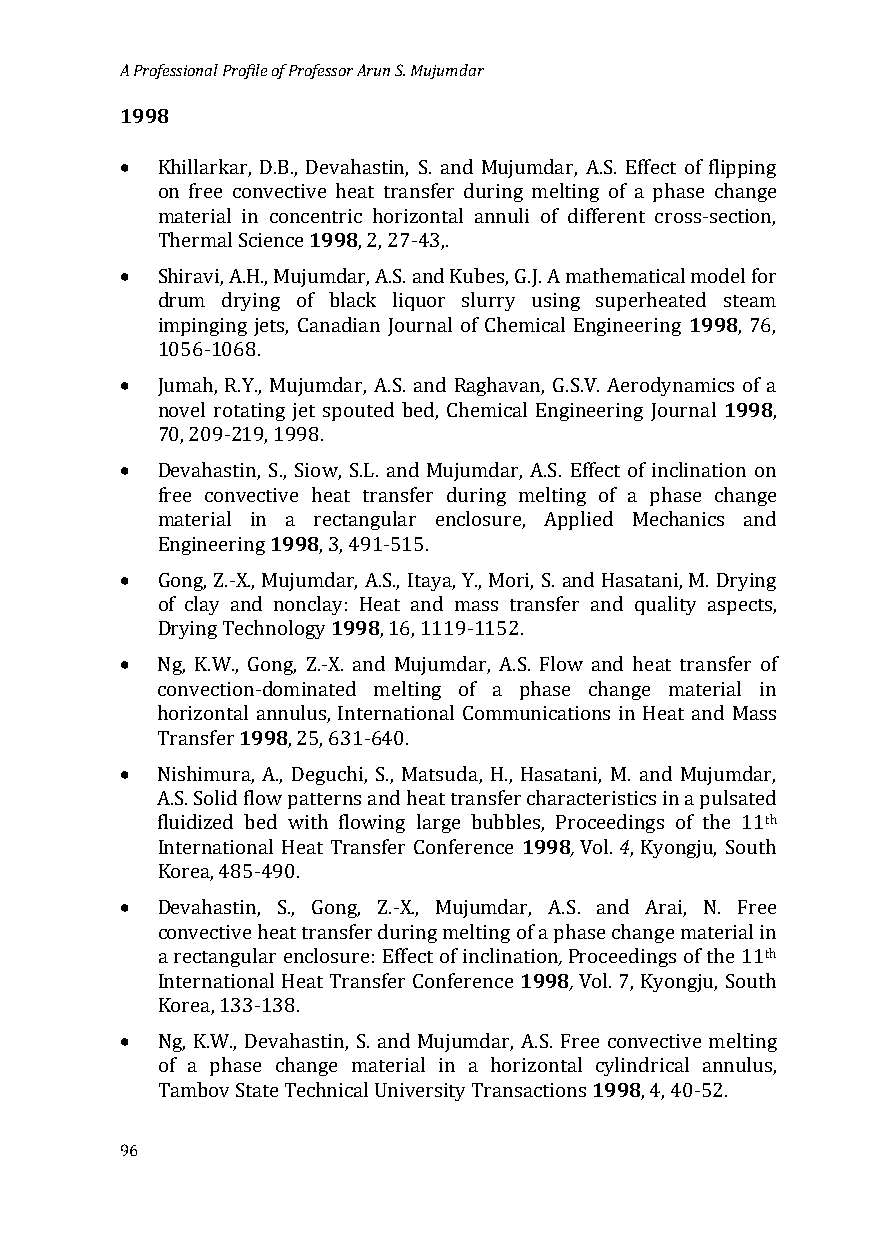
A Professional Profile of Professor Arun S. Mujumdar
 1998
 •
 Khillarkar, D.B., Devahastin, S. and Mujumdar, A.S. Effect of flipping
 on free convectiv1e9 9h8eat transfer during melting of a phase change
 material in concentric horizontal annuli of different cross-section,
 •
 Thermal Science , 2, 27-43,.
 Shiravi, A.H., Mujumdar, A.S. and Kubes, G.J. A mathematical 1m9o9d8el for
 drum drying of black liquor slurry using superheated steam
 impinging jets, Canadian Journal of Chemical Engineering , 76,
 •
 1056-1068.
 1998
 Jumah, R.Y., Mujumdar, A.S. and Raghavan, G.S.V. Aerodynamics of a
 novel rotating jet spouted bed, Chemical Engineering Journal ,
 •
 70, 209-219, 1998.
 Devahastin, S., Siow, S.L. and Mujumdar, A.S. Effect of inclination on
 free convect1iv9e9 8he at transfer during melting of a phase change
 material in a rectangular enclosure, Applied Mechanics and
 •
 Engineering ,3, 491-515.
 Gong, Z.-X., Mujumd1a9r,9 A8.S., Itaya, Y., Mori, S. and Hasatani, M. Drying
 of clay and nonclay: Heat and mass transfer and quality aspects,
 •
 Drying Technology , 16, 1119-1152.
 Ng, K.W., Gong, Z.-X. and Mujumdar, A.S. Flow and heat transfer of
 convectio1n9-d9o8minated melting of a phase change material in
 horizontal annulus, International Communications in Heat and Mass
 •
 Transfer , 25, 631-640.
 Nishimura, A., Deguchi, S., Matsuda, H., Hasatani, M. and Mujumdar,
 A.S. Solid flow patterns and heat transfer1 c9h9ar8a, cteri s4tics in a pulsate td
 h
 fluidized bed with flowing large bubbles, Proceedings of the 11
 International Heat Transfer Conference Vol. , Kyongju, South
 •
 Korea, 485-490.
 Devahastin, S., Gong, Z.-X., Mujumdar, A,. S. and Arai, N. Free
 convective heat transfer during melting o1f9 a9 p8h, ase change material i tn
 h
 a rectangular enclosure: Effect of inclination Proceedings of the 11
 International Heat Transfer Conference Vol. 7, Kyongju, South
 •
 Korea, 133-138.
 Ng, K.W., Devahastin, S. and Mujumdar, A.S. Free1 9co9n8vective melting
 of a phase change material in a horizontal cylindrical annulus,
 Tambov State Technical University Transactions , 4, 40-52.
 96